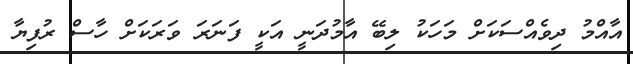
އާއްމު ދިވެއްސަކަށް މަހަކު ލިބޭ އާމުދަނީ އަކީ ފަނަރަ ވަރަކަށް ހާސް ރުފިޔާ